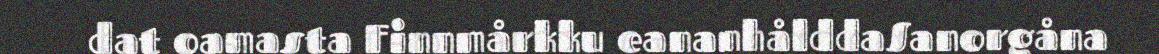
dat oamasta Finnmårkku eananhålddaSanorgåna